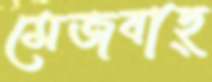
মেজবাহ্